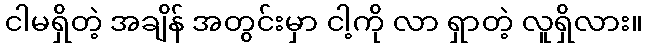
ငါမရှိတဲ့ အချိန် အတွင်းမှာ ငါ့ကို လာ ရှာတဲ့ လူရှိလား။